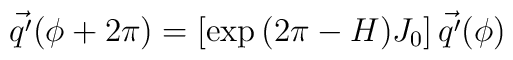
\vec{q'} (\phi+2\pi )=[\exp{(2\pi - H)J_{0}}]\, \vec{q'} (\phi )